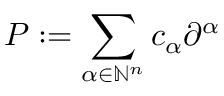
P : = \sum _ { \alpha \in \mathbb { N } ^ { n } } c _ { \alpha } \partial ^ { \alpha }